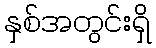
နှစ်အတွင်းရှိ